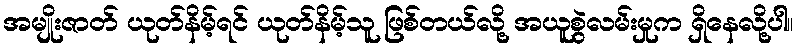
အမျိုးဇာတ် ယုတ်နိမ့်ရင် ယုတ်နိမ့်သူ ဖြစ်တယ်လို့ အယူစွဲလမ်းမှုက ရှိနေလို့ပါ။